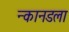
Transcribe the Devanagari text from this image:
न्कानडला